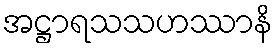
အဋ္ဌာရသသဟဿာနိ